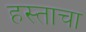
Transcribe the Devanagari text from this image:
हस्ताचा